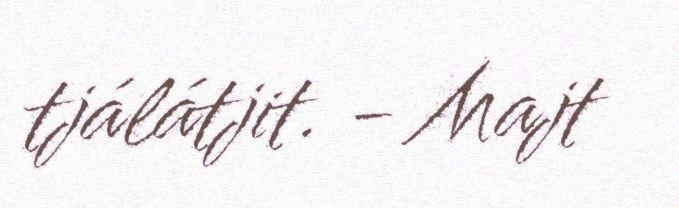
tjálátjit. - Majt